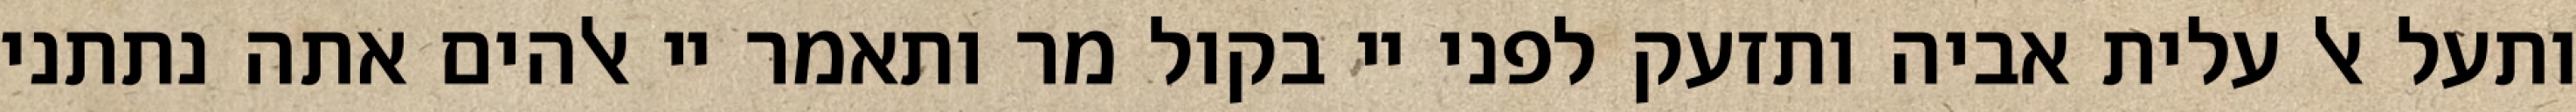
ותעל אל עלית אביה ותזעק לפני יי בקול מר ותאמר יי אלהים אתה נתתני